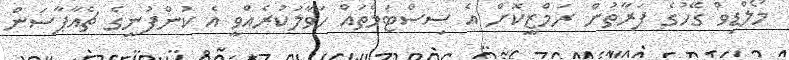
މޯލްޑިވް ގޭހުގެ ފަރާތުން ރަމްޒީކޮށް އެ ސިސްޓަމްތައް ހަވާލުކުރެއްވީ އެ ކުންފުނީގެ ޗެއާޕާސަން